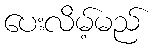
ပေးလိမ့်မည်